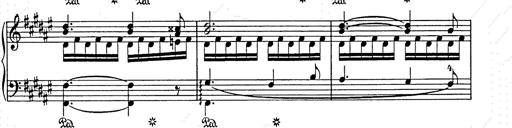
Title: Weihnachtsbaum
Composer: Franz Liszt